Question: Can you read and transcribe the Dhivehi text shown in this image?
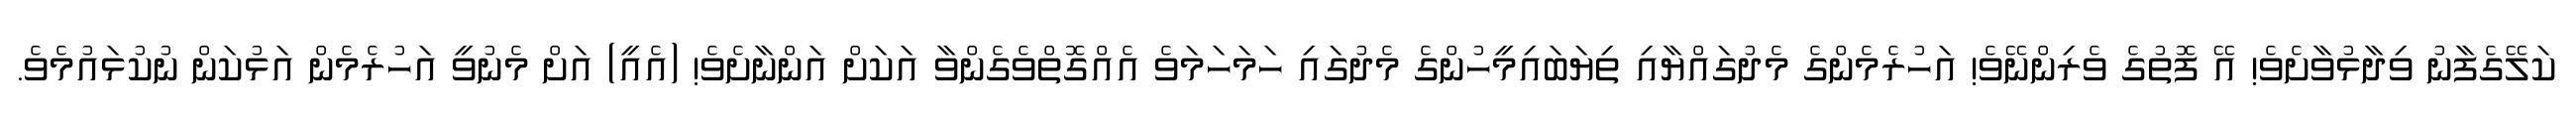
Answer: ކަލޭގެފާނު ވިދާޅުވާށެވެ! އޭ ފޮތުގެ ވެރިންނޭވެ! އަހުރެމެންގެ މެދުގައްޔާއި ތިޔަބައިމީހުންގެ މެދުގައި ހަމަހަމަވެ އެއްގޮތްވެގެންވާ އަކަށް އަންނާށެވެ! (އެއީ) އަށް މެނުވީ އަހުރެމެން އަޅުކަން ނުކުޅައުމެވެ.